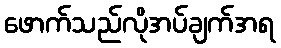
ဖောက်သည်လိုအပ်ချက်အရ